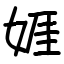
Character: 娾